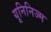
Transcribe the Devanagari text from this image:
यूनिनिज्म